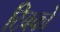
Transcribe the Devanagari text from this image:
टिबको